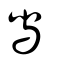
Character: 舃